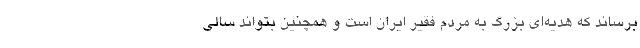
برساند که هدیه‌ای بزرگ به مردم فقیر ایران است و همچنین بتواند سالی